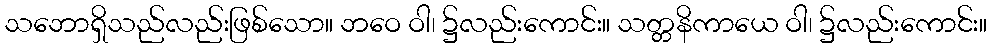
သဘောရှိသည်လည်းဖြစ်သော။ ဘဝေ ဝါ၊ ၌လည်းကောင်း။ သတ္တနိကာယေ ဝါ၊ ၌လည်းကောင်း။